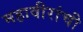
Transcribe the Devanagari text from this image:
महावीरांची